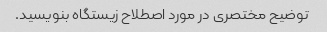
توضیح مختصری در مورد اصطلاح زیستگاه بنویسید.